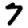
Digit: 7